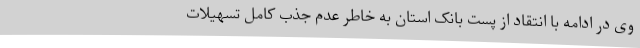
وی در ادامه با انتقاد از پست بانک استان به خاطر عدم جذب کامل تسهیلات